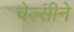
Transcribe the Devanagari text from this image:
चेल्सीने